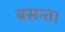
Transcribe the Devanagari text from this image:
बसन्त।